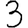
Digit: 3